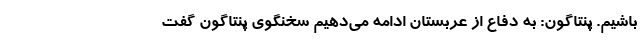
باشیم. پنتاگون: به دفاع از عربستان ادامه می‌دهیم سخنگوی پنتاگون گفت